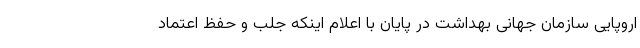
اروپایی سازمان جهانی بهداشت در پایان با اعلام اینکه جلب و حفظ اعتماد